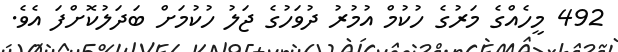
492 މީހެއްގެ މަރުގެ ހުކުމް އުމުރު ދުވަހުގެ ޖަލު ހުކުމަށް ބަދަލުކޮށްފަ އެވެ.